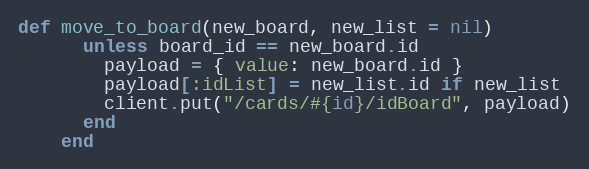
Language: Ruby
def move_to_board(new_board, new_list = nil)
      unless board_id == new_board.id
        payload = { value: new_board.id }
        payload[:idList] = new_list.id if new_list
        client.put("/cards/#{id}/idBoard", payload)
      end
    end